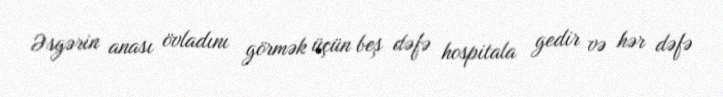
Əsgərin anası övladını görmək üçün beş dəfə hospitala gedir və hər dəfə